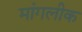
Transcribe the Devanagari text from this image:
मांगलीक